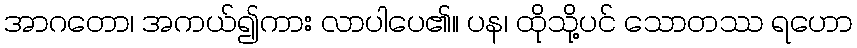
အာဂတော၊ အကယ်၍ကား လာပါပေ၏။ ပန၊ ထိုသို့ပင် သောတဿ ရဟော